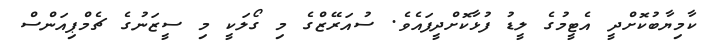
ކާމިޔާބުކޮށްދީ އެޓީމުގެ ލީޑު ފުޅާކޮށްދީފައެވެ. ސުއަރޭޒްގެ މި ގޯލަކީ މި ސީޒަނުގެ ޗެމްޕިއަންސް